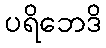
ပရိဘေဒိ